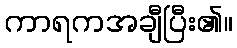
ကာရကအချီပြီး၏။